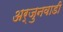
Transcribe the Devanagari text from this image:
अर्जुनवाडी